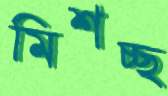
মিশচ্ছ